Document type: Oath
Year: 1447
Scribe: Pere Figuerola
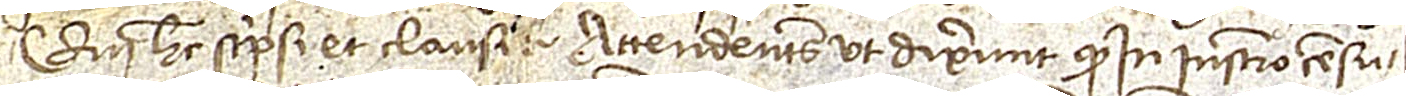
qui hec scripsi et clausit. Attendentes, ut dixerunt, quod in instrumento censu